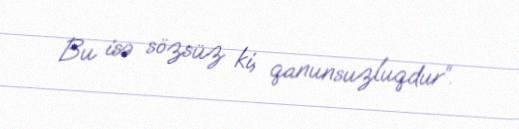
Bu isə sözsüz ki, qanunsuzluqdur”.